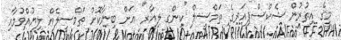
މީގެ އިތުރުން ޝެކްސްޕިއަރގެ ތަމްސީލް ''ކިންގ ލިއާރ'' އަށް ބިނާކޮށް ތަމްސީލެއް ލިޔުއްވުމާއި